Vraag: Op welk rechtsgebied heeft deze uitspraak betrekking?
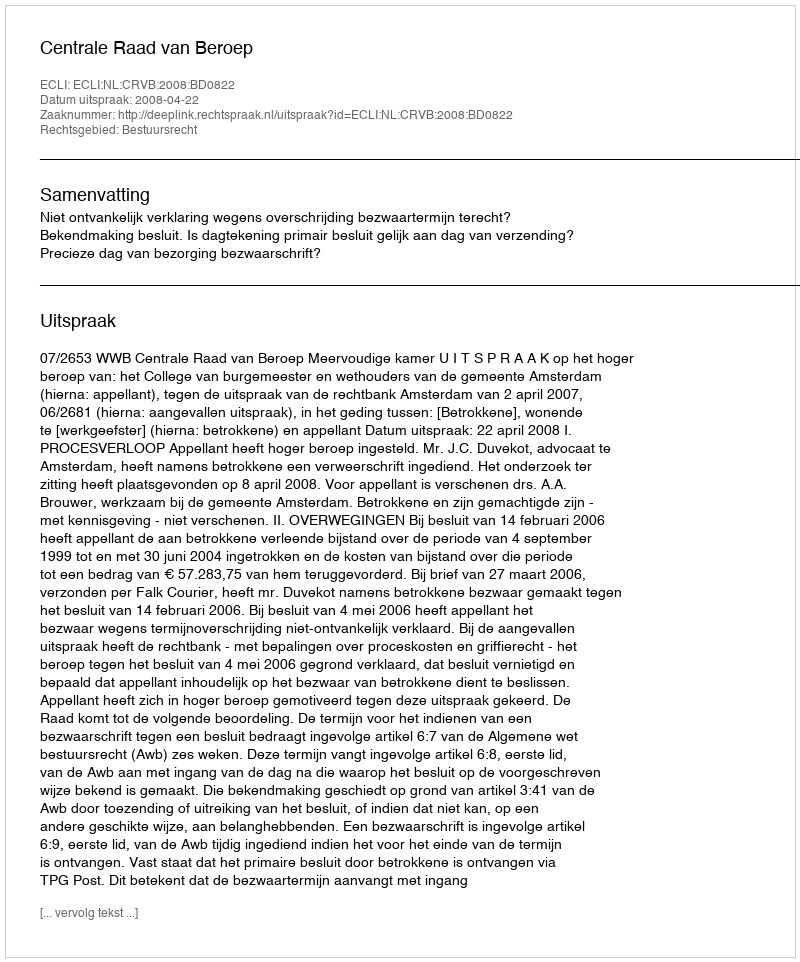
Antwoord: Bestuursrecht